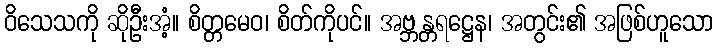
ဝိသေသကို ဆိုဦးအံ့။ စိတ္တမေဝ၊ စိတ်ကိုပင်။ အဗ္ဘန္တရဋ္ဌေန၊ အတွင်း၏ အဖြစ်ဟူသော